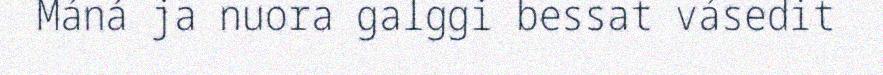
Máná ja nuora galggi bessat vásedit